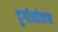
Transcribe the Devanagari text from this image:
दुर्गास्तोत्राचा